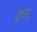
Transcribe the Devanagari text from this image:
बुक्स्